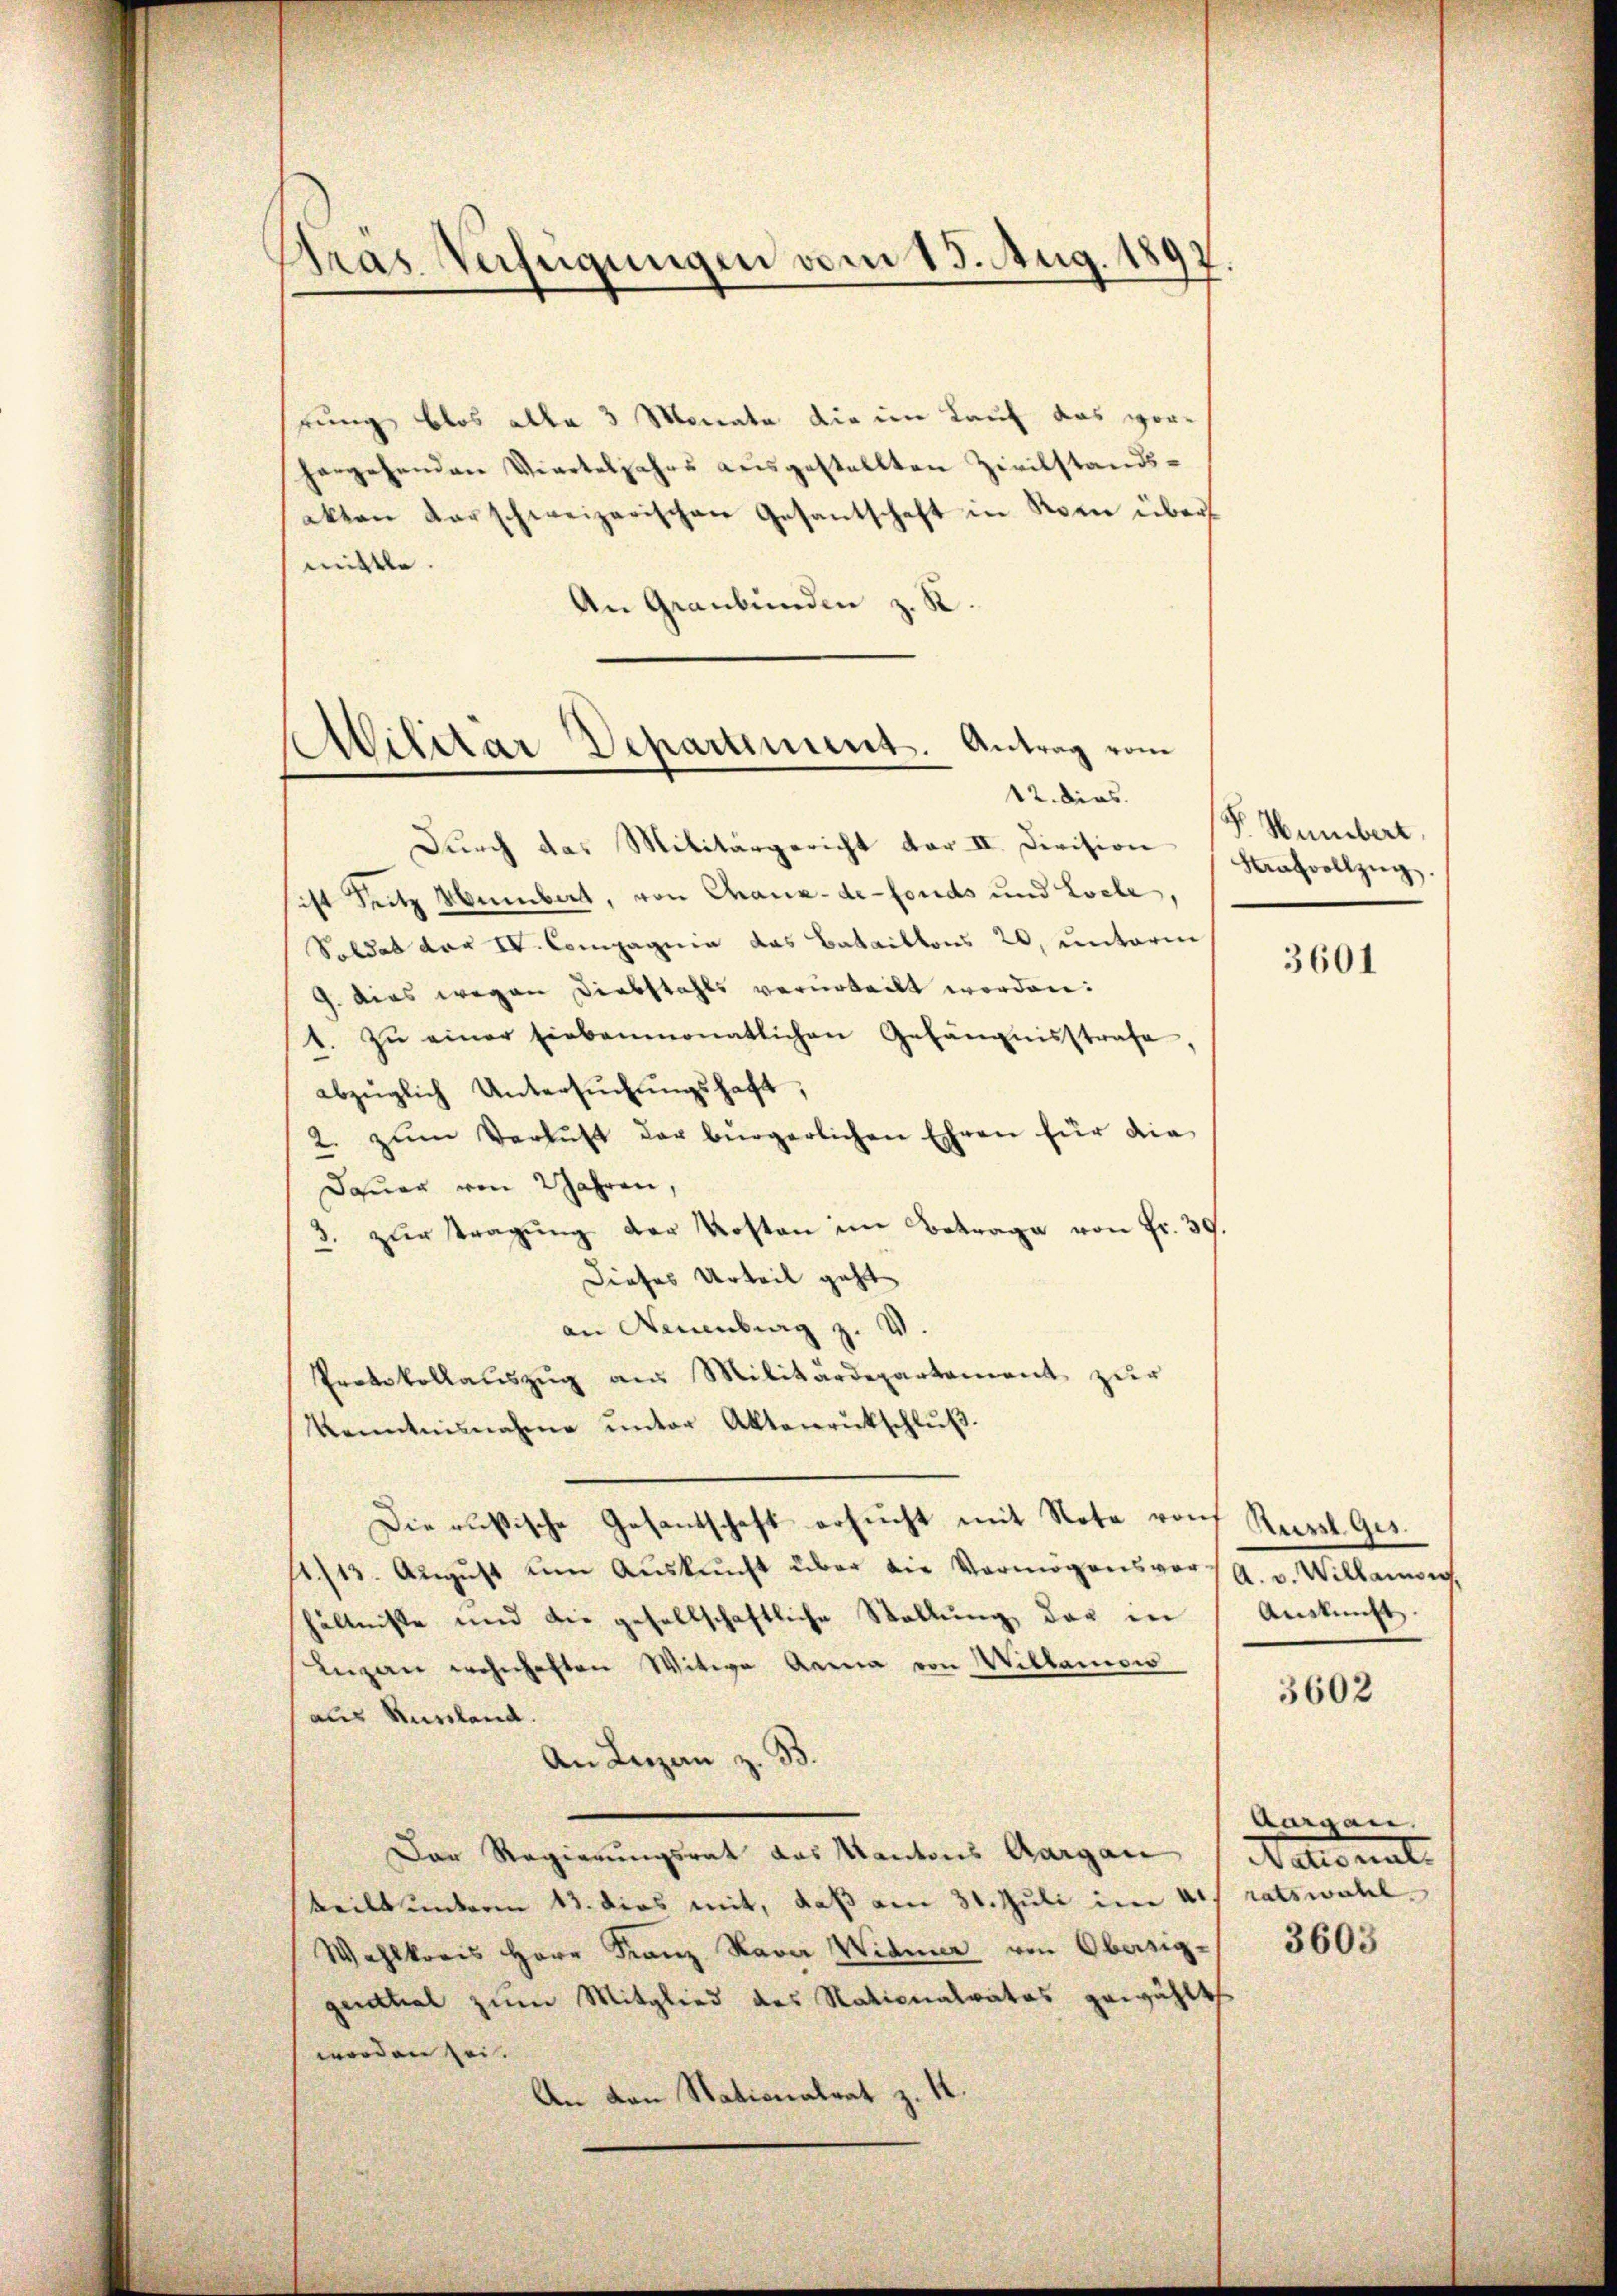
Stras Verfügungen vom 15. Aug. 1897.

stung blos alle 3 Monata die im Lauf das vorhergehenden Vierteljahrs ausgestellten Zivilstandsakten darschweizerischen Gesantschaft in Rom über
mittle.
An Graubünden z. K.

Militar Departement. Antrag vom
12. dies

Dŭrch das Militärgericht dar II. Division Strafvollzug.
sist Seitz Nembert, von Chaux-de-Fonds und Loche,
Soldat vor IV. Compagnie das Bataillons 20, unterm
9. dies wegen Diebstahls verurteilt worden:
1. zŭ einer hiebenmonatlichen Gefängnisstrafe
abzüglich Untersŭchŭngshaft,
2. zŭm Verlust der bürgerlichen Ehren für die
Dauer von 2 Jahren,
3. zŭr Tragŭng der Kosten im Betrage von Fr. 39.
Dieses Urteil geht
an Neuenburg z. W
Protokollauszug aus Militärdepartement zur
Kenntnisnahme ŭnter Aktenrückschlŭβ
Die außische Gesantschaft ersucht mit Nota rauf Rural Ge¬
12./13. August dem Auskunft über die Vermögensver-
hältnisse und die gesellschaftliche Stellung der in
Lŭzern wohnhaften Witwe Anna von Willanow
aus Russland.
An Liezen z. B.
Der Regierungsrat das Kantons Aargau, Nationat.
keilt unterm 13. dies mit, daß am 31. Juli in 40f ratswahl.
Wahlkreis Herr Franz Nava Widmer von Obersig-
qendtial zum Mitglied des Nationalrates gewählt
worden sei.
An von Stationalrat z. 12

P. Humbert,

3601

A. v. Willamon
Auskunft.

3602

Aargau.

3603